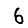
Digit: 6